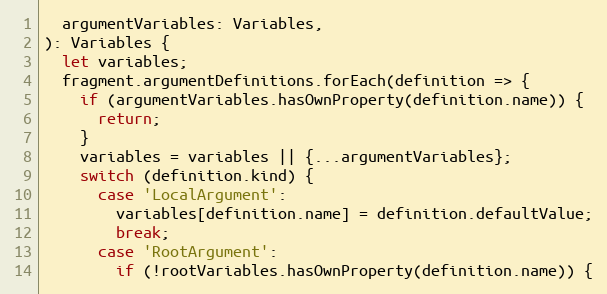
Language: JavaScript
  argumentVariables: Variables,
): Variables {
  let variables;
  fragment.argumentDefinitions.forEach(definition => {
    if (argumentVariables.hasOwnProperty(definition.name)) {
      return;
    }
    variables = variables || {...argumentVariables};
    switch (definition.kind) {
      case 'LocalArgument':
        variables[definition.name] = definition.defaultValue;
        break;
      case 'RootArgument':
        if (!rootVariables.hasOwnProperty(definition.name)) {